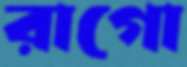
রাগো